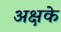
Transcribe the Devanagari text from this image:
अक्षके